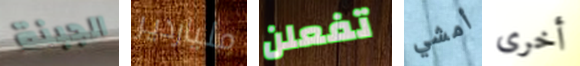
الجبنة ملياردير تفعلن أمشي أخرى